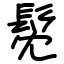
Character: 髧